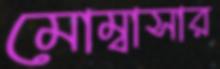
মোম্বাসার